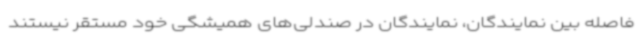
فاصله بین نمایندگان، نمایندگان در صندلی‌های همیشگی خود مستقر نیستند